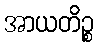
အာယတိဉ္စ